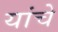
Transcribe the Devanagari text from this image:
यांचेे